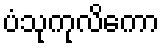
ပံသုကုလိကော